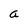
Character: a